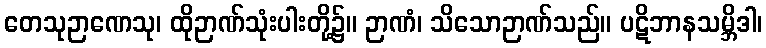
တေသုဉာဏေသု၊ ထိုဉာဏ်သုံးပါးတို့၌။ ဉာဏံ၊ သိသောဉာဏ်သည်။ ပဋိဘာနသမ္ဘိဒါ၊